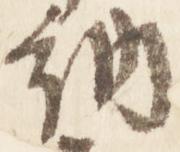
納